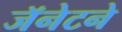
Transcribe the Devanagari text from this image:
जॅनेटने